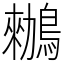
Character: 䳵